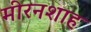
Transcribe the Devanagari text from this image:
मीरनशाह